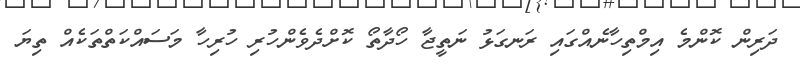
ދަރިން ކޮންމެ އިމްތިހާނެއްގައި ރަނގަޅު ނަތީޖާ ހޯދާތޯ ކޮށްދެވެންހުރި ހުރިހާ މަސައްކަތްތަކެއް ތިޔަ